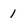
Character: 1